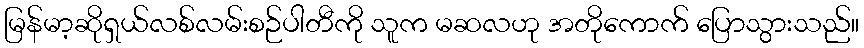
မြန်မာ့ဆိုရှယ်လစ်လမ်းစဉ်ပါတီကို သူက မဆလဟု အတိုကောက် ပြောသွားသည်။